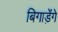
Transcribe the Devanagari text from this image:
बिगाड़ंेगे